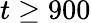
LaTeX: t\geq 900